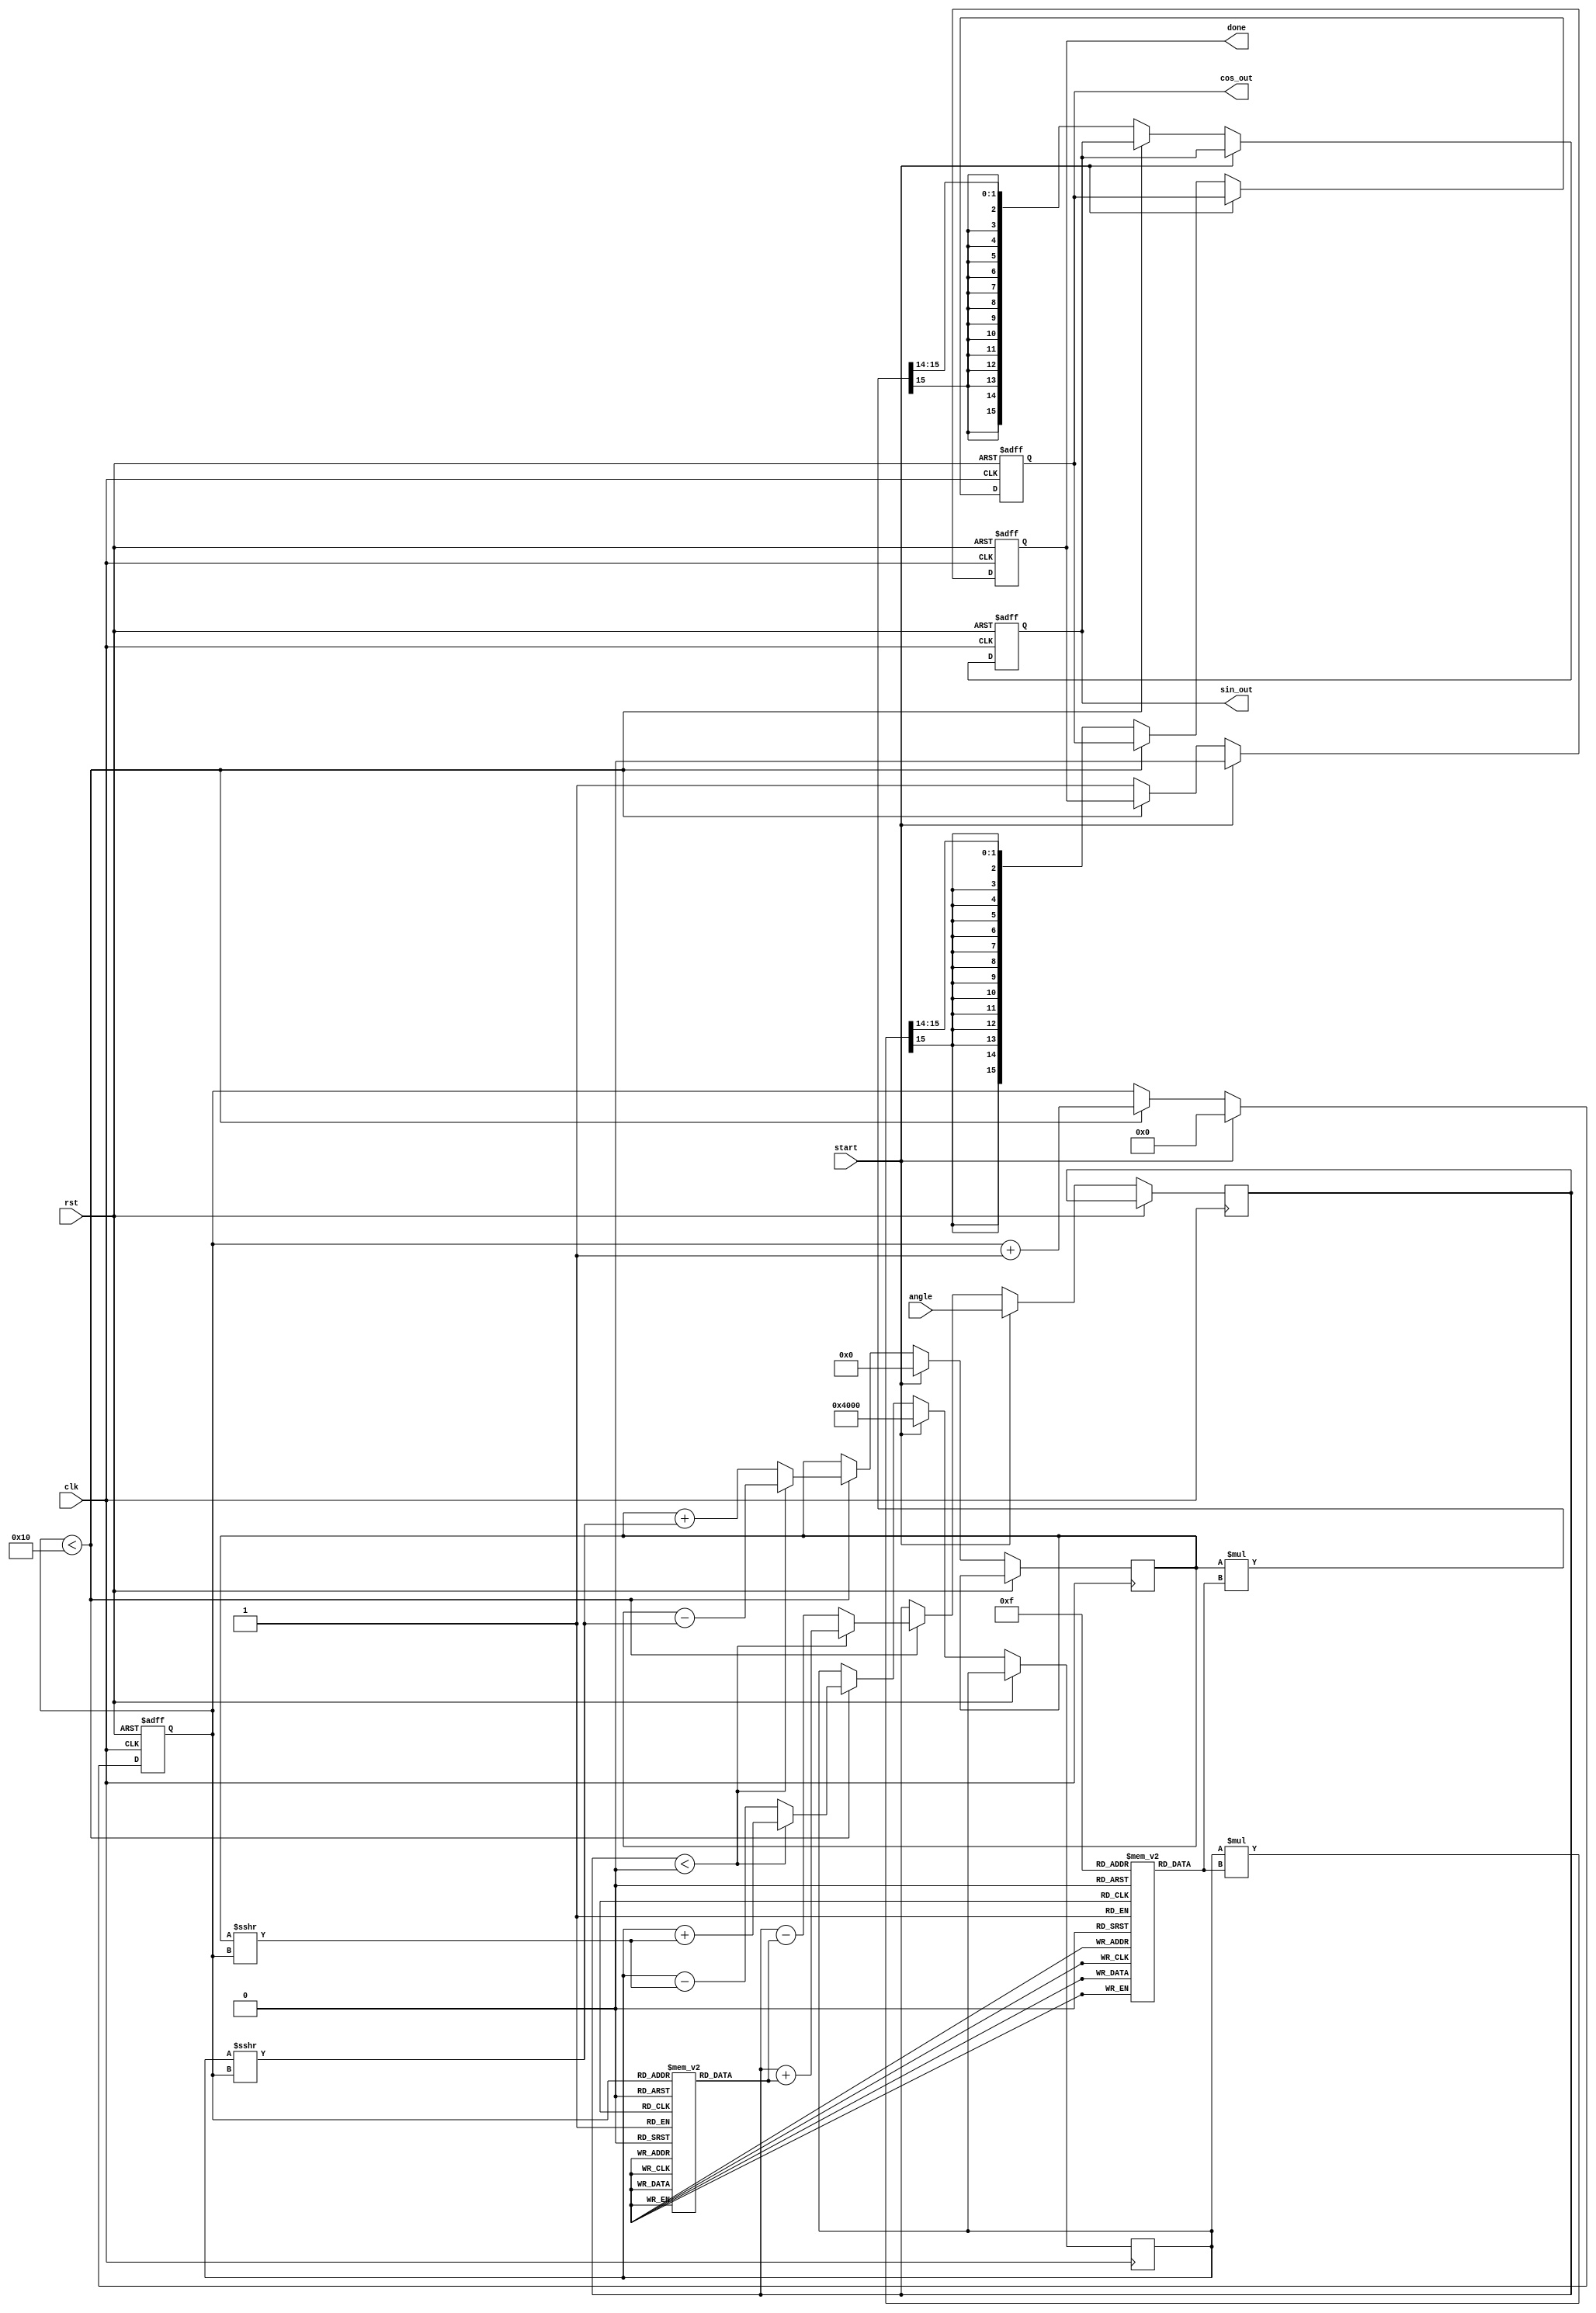
module CORDIC #(
    parameter DATA_WIDTH = 16,    // Bit width for fixed-point representation
    parameter NUM_ITERATIONS = 16  // Number of CORDIC iterations
)(
    input wire clk,
    input wire rst,
    input wire start,
    input wire signed [DATA_WIDTH-1:0] angle, // Input angle in fixed-point format
    output reg signed [DATA_WIDTH-1:0] cos_out, // Output cosine value
    output reg signed [DATA_WIDTH-1:0] sin_out, // Output sine value
    output reg done // Signal indicating completion of computation
);

    // Lookup tables for angles and gains
    reg signed [DATA_WIDTH-1:0] angle_lut [0:NUM_ITERATIONS-1];
    reg signed [DATA_WIDTH-1:0] gain_lut [0:NUM_ITERATIONS-1];

    // Internal registers
    reg signed [DATA_WIDTH-1:0] x;
    reg signed [DATA_WIDTH-1:0] y;
    reg signed [DATA_WIDTH-1:0] z;
    reg [3:0] iteration_count;

    // Initialize lookup tables with precomputed values (example values)
    initial begin
        angle_lut[0] = 16'h0000; // 0 rad
        angle_lut[1] = 16'h2000; // /4
        angle_lut[2] = 16'h1C71; // /8
        angle_lut[3] = 16'h0F12; // /16
        // Continue initializing other angles...

        gain_lut[0] = 16'h4000;  // Gain value for 0 rad
        gain_lut[1] = 16'h2D41;  // Gain value for /4
        gain_lut[2] = 16'h2A4B;  // Gain value for /8
        gain_lut[3] = 16'h2A4B;  // Gain value for /16
        // Continue initializing other gains...
    end

    // Control logic and CORDIC iterations
    always @(posedge clk or posedge rst) begin
        if (rst) begin
            cos_out <= 0;
            sin_out <= 0;
            done <= 0;
            iteration_count <= 0;
        end else if (start) begin
            // Initialize x and y for CORDIC
            x <= 16'h4000; // Initial x = 1.0 (fixed-point)
            y <= 0;       // Initial y = 0
            z <= angle;   // Load input angle
            iteration_count <= 0;
            done <= 0;
        end else if (iteration_count < NUM_ITERATIONS) begin
            // CORDIC iteration
            if (z < 0) begin
                // Rotate clockwise
                x <= x + (y >>> iteration_count);
                y <= y - (x >>> iteration_count);
                z <= z + angle_lut[iteration_count];
            end else begin
                // Rotate counterclockwise
                x <= x - (y >>> iteration_count);
                y <= y + (x >>> iteration_count);
                z <= z - angle_lut[iteration_count];
            end
            iteration_count <= iteration_count + 1;
        end else begin
            // Final output after iterations
            cos_out <= (x * gain_lut[NUM_ITERATIONS-1]) >>> 14; // Scale by gain
            sin_out <= (y * gain_lut[NUM_ITERATIONS-1]) >>> 14; // Scale by gain
            done <= 1; // Indicate completion
        end
    end

endmodule